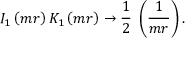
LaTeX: I _ { 1 } \left( m r \right) K _ { 1 } \left( m r \right) \rightarrow { \frac { 1 } { 2 } } \; \left( { \frac { 1 } { m r } } \right) .